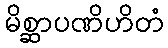
မိစ္ဆာပဏိဟိတံ